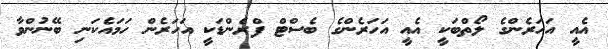
އެއީ އަހަރެންގެ ލޯތްބަކީ އެއީ އަހަރެންގެ ބެސްޓް ފްރެންޑަކީ އަހަރެން ހަމައެކަނި ބޭނުންވާ